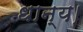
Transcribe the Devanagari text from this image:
धान्य।